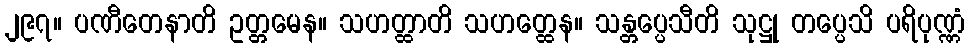
၂၉၇။ ပဏီတေနာတိ ဥတ္တမေန။ သဟတ္ထာတိ သဟတ္ထေန။ သန္တပ္ပေသီတိ သုဋ္ဌု တပ္ပေသိ ပရိပုဏ္ဏံ